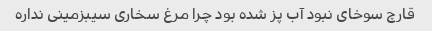
قارچ سوخای نبود آب پز شده بود چرا مرغ سخاری سیبزمینی نداره